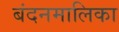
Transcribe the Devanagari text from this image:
बंदनमालिका